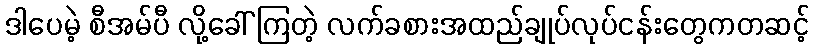
ဒါပေမဲ့ စီအမ်ပီ လို့ခေါ် ကြတဲ့ လက်ခစားအထည်ချုပ်လုပ်ငန်းတွေကတဆင့်